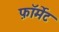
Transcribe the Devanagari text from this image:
फ़ाॅर्मेट